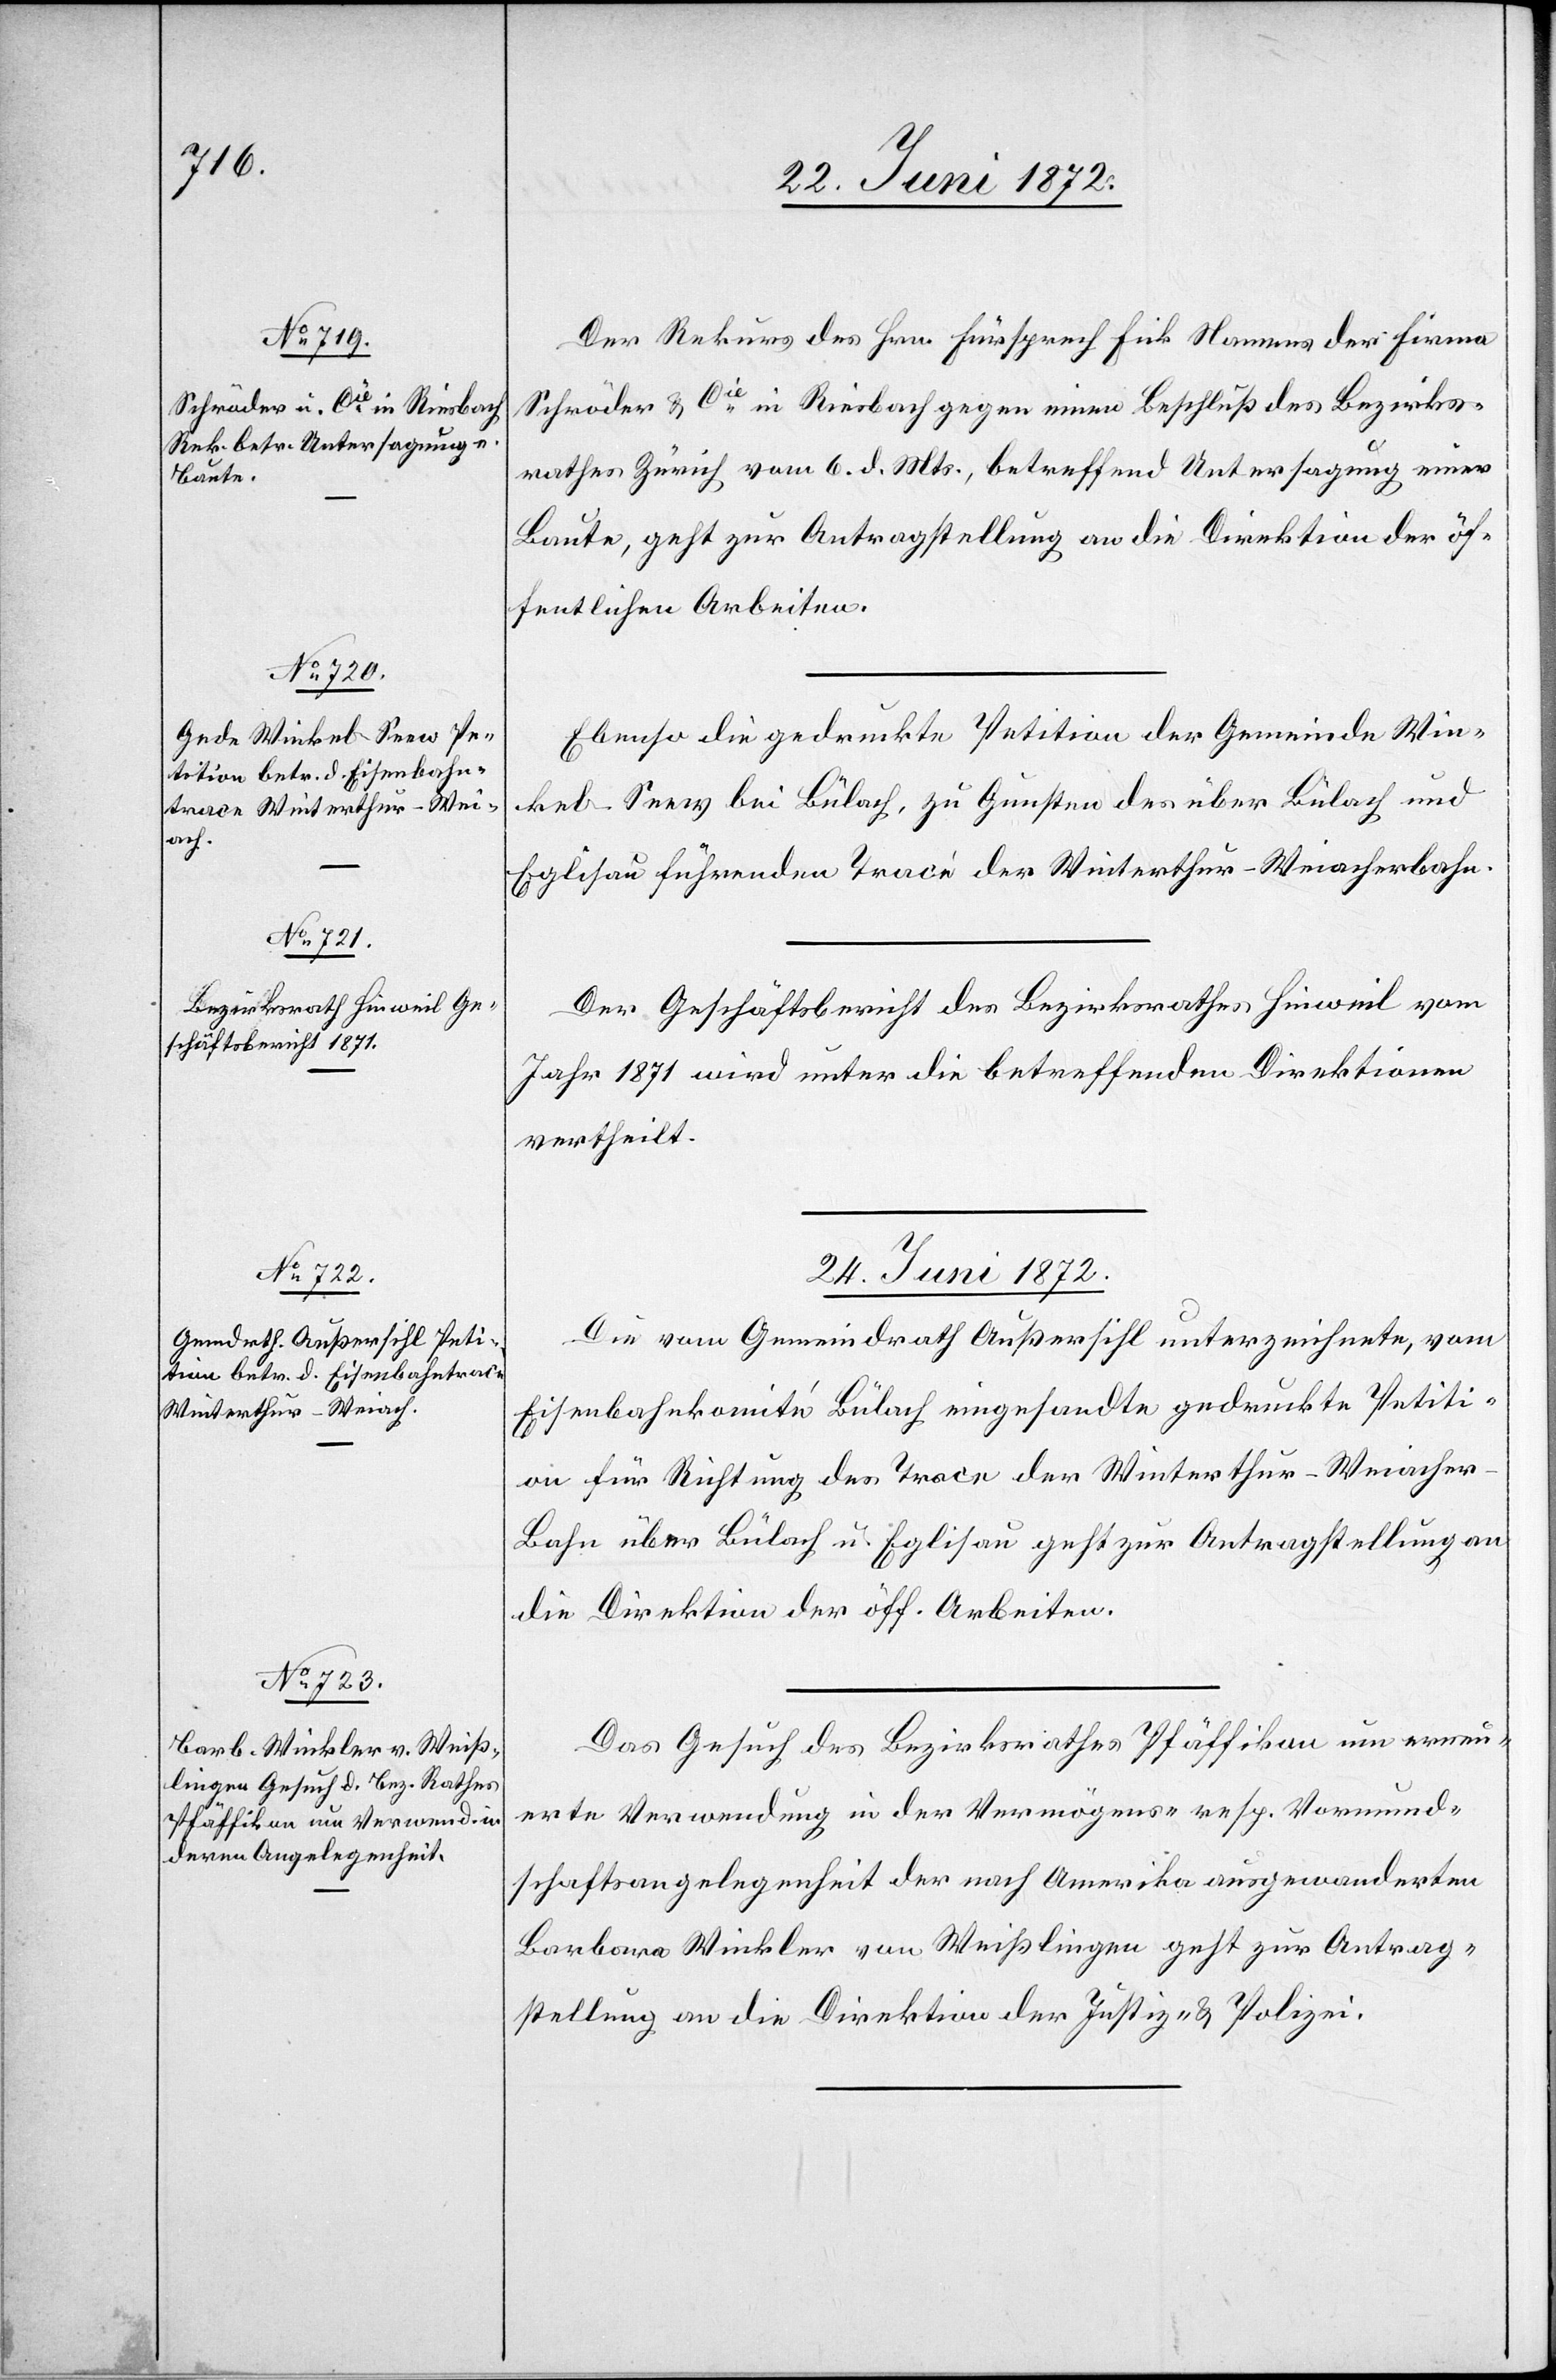
22. Juni 1872.]
Der Rekurs des Hrn. Fürsprech Fick Namens der Firma
Schröder u. Cie in Riesbach gegen einen Beschluß des Bezirks¬
rathes Zürich vom 6. d. Mts., betreffend Untersagung einer
Baute, geht zur Antragstellung an die Direktion der öf¬
fentlichen Arbeiten.
Ebenso die gedruckte Petition der Gemeinde Win¬
kel-Seew bei Bülach, zu Gunsten des über Bülach und
Eglisau führenden Tracé der Winterthur–Weiacherbahn.
Der Geschäftsbericht des Bezirksrathes Hinweil vom
Jahr 1871 wird unter die betreffenden Direktionen
vertheilt.
24. Juni 1872.]
Die vom Gemeindrath Außersihl unterzeichnete, vom
Eisenbahnkomité Bülach eingesandte gedruckte Petiti¬
on für Richtung des Trace der Winterthur–Weiache¬
r-Bahn über Bülach u. Eglisau geht zur Antragstellung an
die Direktion der öff. Arbeiten.
Das Gesuch des Bezirksrathes Pfäffikon um erneu¬
erte Verwendung in der Vermögens- resp. Vormund¬
schaftsangelegenheit der nach Amerika ausgewanderten
Barbara Winkler von Weißlingen geht zur Antrag¬
stellung an die Direktion der Justiz u. Polizei.